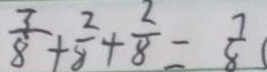
\frac { 3 } { 8 } + \frac { 2 } { 8 } + \frac { 2 } { 8 } = \frac { 7 } { 8 }